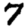
Digit: 7